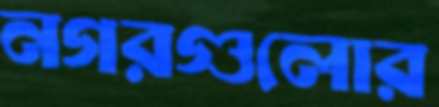
নগরগুলোর